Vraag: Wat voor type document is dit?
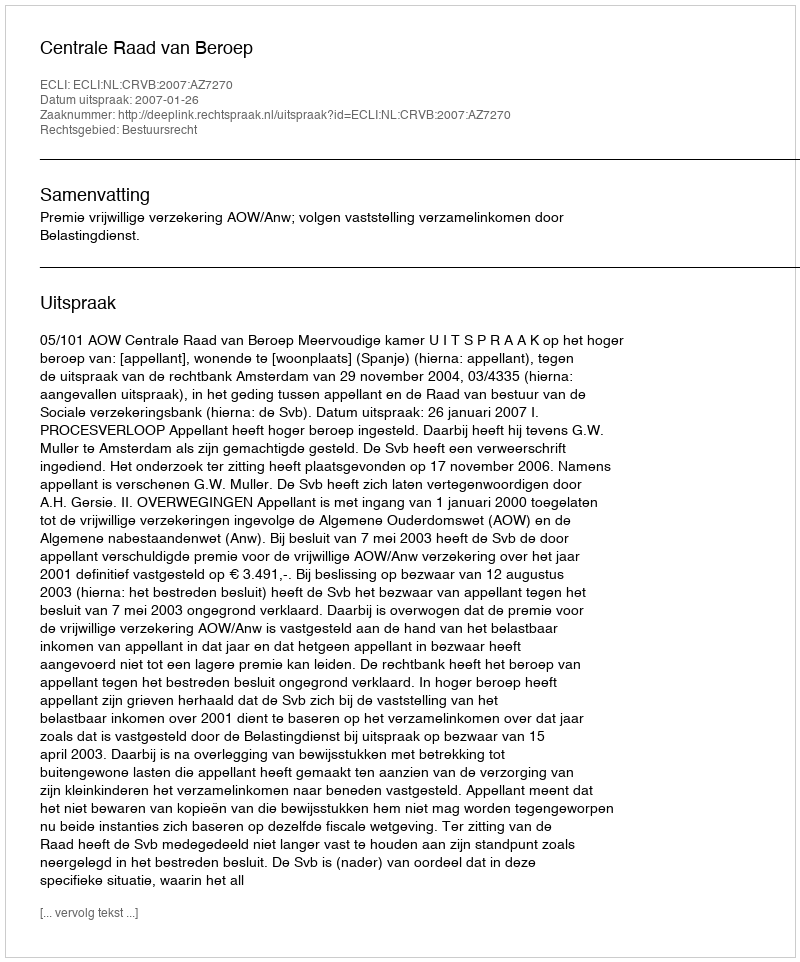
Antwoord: Uitspraak